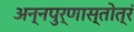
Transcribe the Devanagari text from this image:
अन्नपुर्णास्तोत्रं